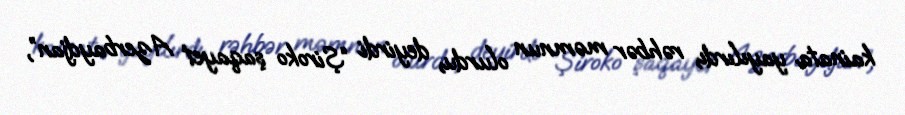
kainata yayılırdı, rəhbər məmnun olurdu, deyirdi “Şiroko şaqayet Azerbaydjan”,